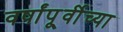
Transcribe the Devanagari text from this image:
वर्षांपू्र्वीच्या